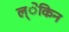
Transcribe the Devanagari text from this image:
ल्ेकिन